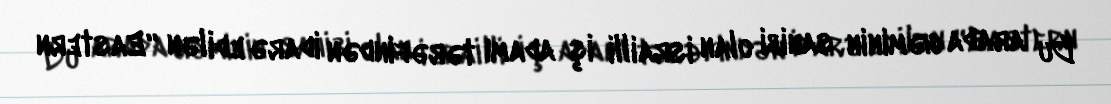
Bu arada gəminin sahibi olan israilli iş adamı tərəfindən idarə edilən “Eastern